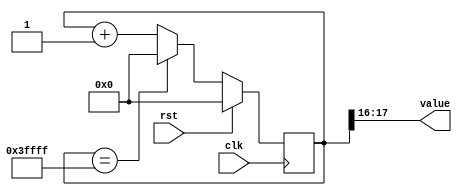
/*
   This file was generated automatically by the Mojo IDE version B1.3.6.
   Do not edit this file directly. Instead edit the original Lucid source.
   This is a temporary file and any changes made to it will be destroyed.
*/

/*
   Parameters:
     SIZE = DIGIT_BITS
     DIV = DIV
     TOP = DIGITS-1
     UP = 1
*/
module counter_6 (
    input clk,
    input rst,
    output reg [1:0] value
  );
  
  localparam SIZE = 2'h2;
  localparam DIV = 5'h10;
  localparam TOP = 4'h3;
  localparam UP = 1'h1;
  
  
  reg [17:0] M_ctr_d, M_ctr_q = 1'h0;
  
  localparam MAX_VALUE = 20'h3ffff;
  
  always @* begin
    M_ctr_d = M_ctr_q;
    
    value = M_ctr_q[16+1-:2];
    if (1'h1) begin
      M_ctr_d = M_ctr_q + 1'h1;
      if (1'h1 && M_ctr_q == 20'h3ffff) begin
        M_ctr_d = 1'h0;
      end
    end else begin
      M_ctr_d = M_ctr_q - 1'h1;
      if (1'h1 && M_ctr_q == 1'h0) begin
        M_ctr_d = 20'h3ffff;
      end
    end
  end
  
  always @(posedge clk) begin
    if (rst == 1'b1) begin
      M_ctr_q <= 1'h0;
    end else begin
      M_ctr_q <= M_ctr_d;
    end
  end
  
endmodule